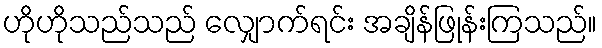
ဟိုဟိုသည်သည် လျှောက်ရင်း အချိန်ဖြုန်းကြသည်။